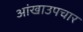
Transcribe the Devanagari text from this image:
आंखाउपचार